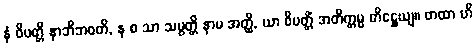
နံ ဝိပတ္တိ နာဘိဘဝတိ, န စ သာ သမ္ပတ္တိ နာမ အတ္ထိ, ယာ ဝိပတ္တိံ အတိက္ကမ္မ တိဋ္ဌေယျ။ တထာ ဟိ